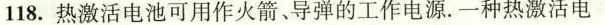
118.热激活电池可用作火箭、导弹的工作电源。一种热激活电